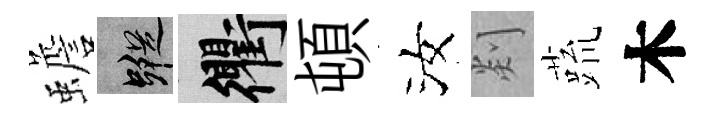
蟾蹤衢頓汝剡蔬木